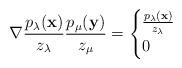
LaTeX: \begin{align*}\nabla \frac{p_\lambda(\mathbf x)}{z_\lambda} \frac{p_\mu(\mathbf y)}{z_\mu} =\begin{cases} \frac{p_\lambda(\mathbf x)}{z_\lambda}&\\ 0&\end{cases}\end{align*}